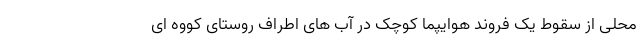
محلی از سقوط یک فروند هوایپما کوچک در آب های اطراف روستای کووه ای